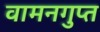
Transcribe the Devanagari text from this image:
वामनगुप्त